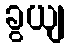
ခွယျ